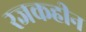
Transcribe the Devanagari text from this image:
रजकहीन